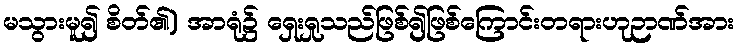
မသွားမူ၍ စိတ်၏) အာရုံ၌ ရှေးရှုသည်ဖြစ်၍ဖြစ်ကြောင်းတရားဟုဉာဏ်အား